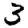
Digit: 3